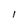
Character: 1